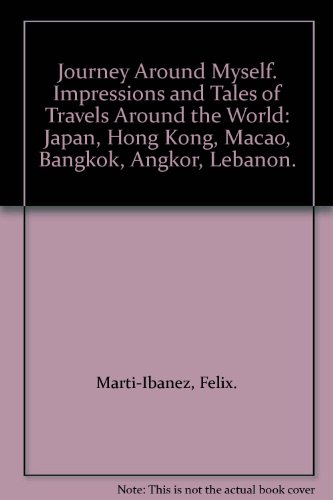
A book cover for Journey Around Myself. Impressions and Tales of Travels Around the World: Japan, Hong Kong, Macao, Bangkok, Angkor, Lebanon.; Felix. Marti-Ibanez; Travel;